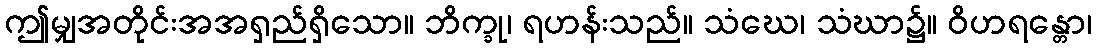
ဤမျှအတိုင်းအအရှည်ရှိသော။ ဘိက္ခု၊ ရဟန်းသည်။ သံဃေ၊ သံဃာ၌။ ဝိဟရန္တော၊